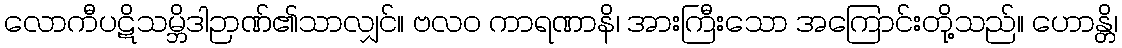
လောကီပဋိသမ္ဘိဒါဉာဏ်၏သာလျှင်။ ဗလဝ ကာရဏာနိ၊ အားကြီးသော အကြောင်းတို့သည်။ ဟောန္တိ၊